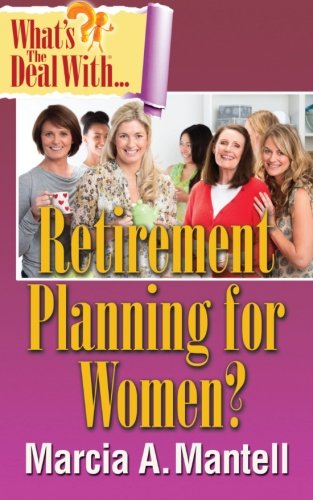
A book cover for What's the Deal with Retirement Planning for Women?; Marcia A. Mantell; Self-Help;